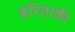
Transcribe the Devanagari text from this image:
हरिताकी